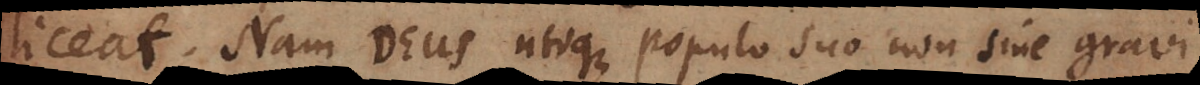
liceat. Nam Deus utique populo suo non sine gravi